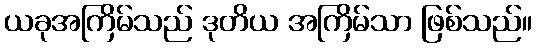
ယခုအကြိမ်သည် ဒုတိယ အကြိမ်သာ ဖြစ်သည်။